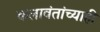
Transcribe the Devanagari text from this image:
कलावंतांच्याही